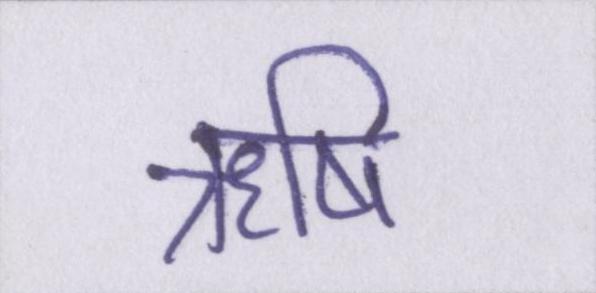
ऋषि